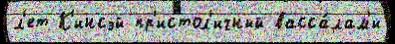
л'ет К'инсэй пр'истол'ичный васса́лам'и